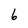
Character: 6